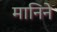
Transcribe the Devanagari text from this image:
मानिने